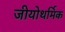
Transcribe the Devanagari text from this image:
जीयोथर्मिक